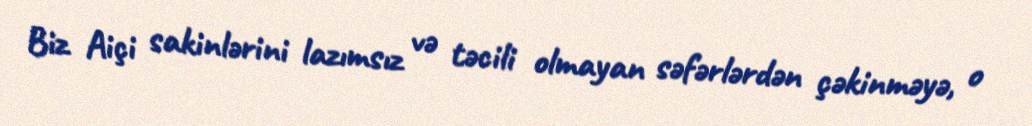
Biz Aiçi sakinlərini lazımsız və təcili olmayan səfərlərdən çəkinməyə, o